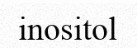
inositol